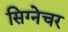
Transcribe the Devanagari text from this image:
सिग्‍नेचर